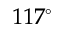
1 1 7 ^ { \circ }